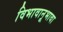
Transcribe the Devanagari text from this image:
विभावानूभावा